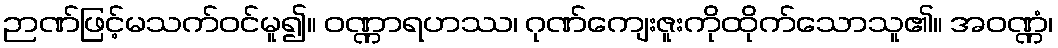
ဉာဏ်ဖြင့်မသက်ဝင်မူ၍။ ဝဏ္ဏာရဟဿ၊ ဂုဏ်ကျေးဇူးကိုထိုက်သောသူ၏။ အဝဏ္ဏံ၊